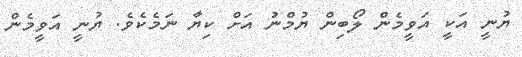
ޔުނީ އަކީ އަވީމެން ލޯބިން ޔުމްނު އަށް ކިޔާ ނަމެކެވެ. ޔުނީ އަވީމެން